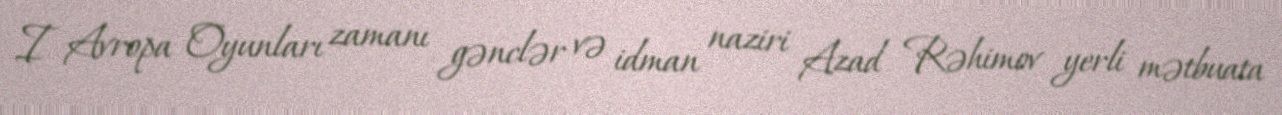
I Avropa Oyunları zamanı gənclər və idman naziri Azad Rəhimov yerli mətbuata